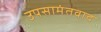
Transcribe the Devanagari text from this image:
उपसामंतवाद